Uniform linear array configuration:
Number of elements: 32
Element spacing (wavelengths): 0.25
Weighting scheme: hamming
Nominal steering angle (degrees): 0
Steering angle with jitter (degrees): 0.649
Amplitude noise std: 0.05
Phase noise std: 0.05

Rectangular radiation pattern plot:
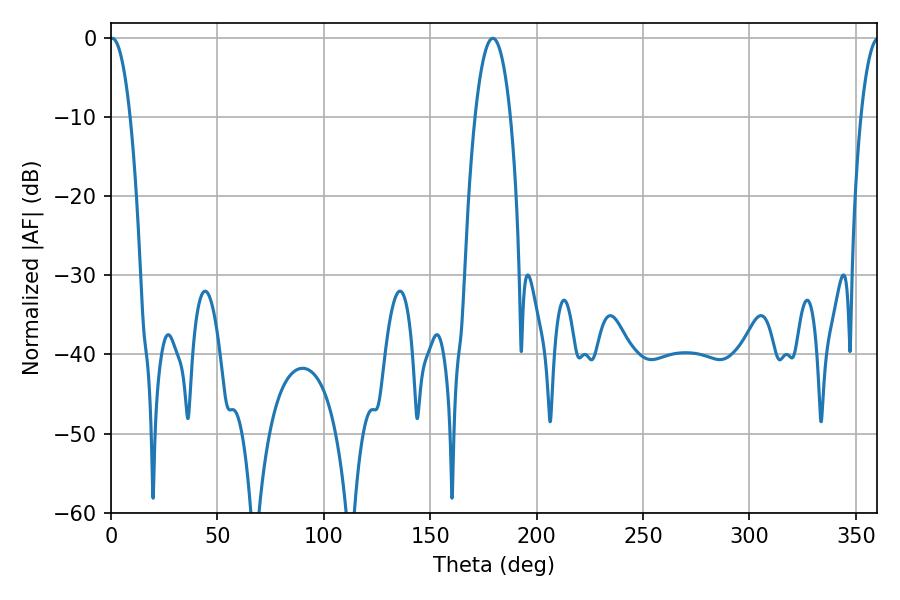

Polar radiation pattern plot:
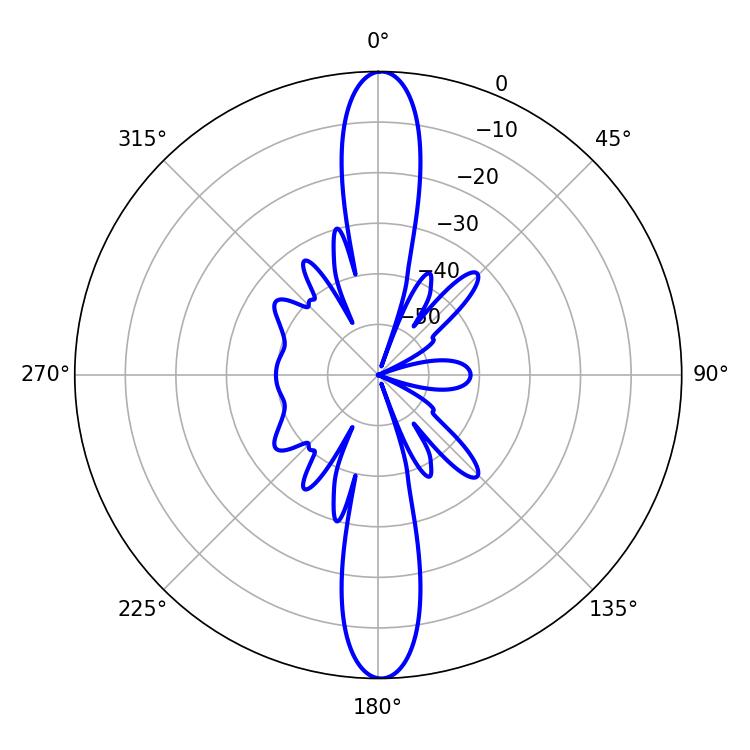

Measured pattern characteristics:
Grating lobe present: FALSE
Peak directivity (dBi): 27.357
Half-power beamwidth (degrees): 5.22
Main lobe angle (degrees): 0.54